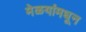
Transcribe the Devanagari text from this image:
मेळयांमधून